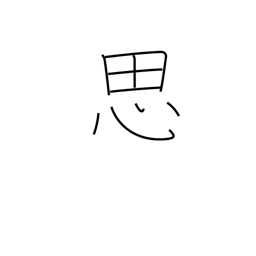
Meaning: think